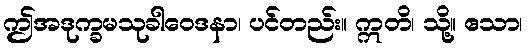
ဤအဒုက္ခမသုခါဝေဒနာ၊ ပင်တည်း။ ဣတိ၊ သို့။ ဧသာ၊